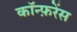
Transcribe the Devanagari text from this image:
काॅन्फ़रेंस